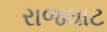
રાજઘાટ